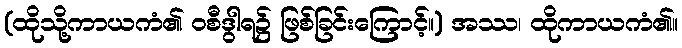
(ထိုသို့ကာယကံ၏ ဝစီဒွါရ၌ ဖြစ်ခြင်းကြောင့်။) အဿ၊ ထိုကာယကံ၏။